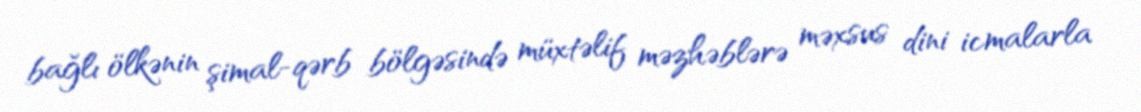
bağlı ölkənin şimal-qərb bölgəsində müxtəlif məzhəblərə məxsus dini icmalarla